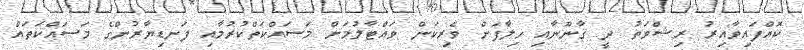
ކޮއްފައިވާއިރު ރިޝްވަތު ދީ ޤާނޫނާއި ޚިލާފަށް ވެރިކަން ވައްޓާލުމަށް މަސައްކަތްކުރުމާއި ފަނޑިޔާރުންގެ މަސައްކަތައް